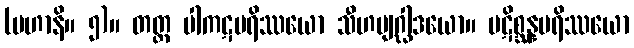
(မဟာနိ။ ၅)။ တတ္ထ ပါကဋပရိဿယော သီဟဗျဂ္ဃါဒယော။ ပဋိစ္ဆန္နပရိဿယော